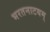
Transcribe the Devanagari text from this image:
भरतनाटयम्